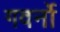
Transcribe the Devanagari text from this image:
गवर्नो